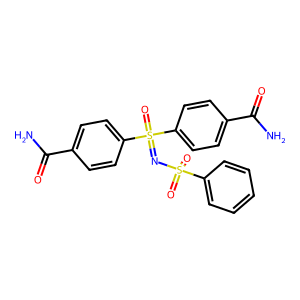
SMILES: NC(=O)c1ccc(S(=O)(=NS(=O)(=O)c2ccccc2)c2ccc(C(N)=O)cc2)cc1
Inhibits HIV replication: No